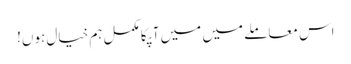
اس معاملے میں میں آپکا مکمل ہم خیال ہوں!